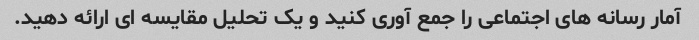
آمار رسانه های اجتماعی را جمع آوری کنید و یک تحلیل مقایسه ای ارائه دهید.